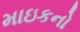
માઇકનો